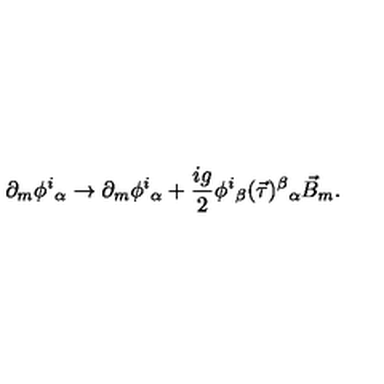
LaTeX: \partial _ { m } \phi ^ { i } { } _ { \alpha } \to \partial _ { m } \phi ^ { i } { } _ { \alpha } + \frac { i g } { 2 } \phi ^ { i } { } _ { \beta } ( \vec { \tau } ) ^ { \beta } { } _ { \alpha } \vec { B } _ { m } .